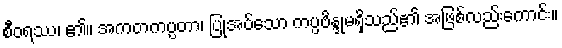
စီဝရဿ၊ ၏။ အကတကပ္ပတာ၊ ပြုအပ်သော ကပ္ပဗိန္ဒုမရှိသည်၏ အဖြစ်လည်းကောင်း။